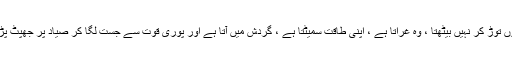
ہاتھ پاؤں توڑ کر نہیں بیٹھتا ، وہ غراتا ہے ، اپنی طاقت سمیٹتا ہے ، گردش میں آتا ہے اور پوری قوت سے جست لگا کر صیاد پر جھپٹ پڑتا ہے۔